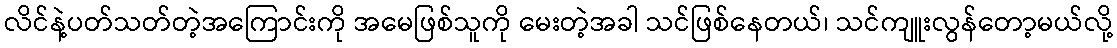
လိင်နဲ့ပတ်သတ်တဲ့အကြောင်းကို အမေဖြစ်သူကို မေးတဲ့အခါ သင်ဖြစ်နေတယ်၊ သင်ကျူးလွန်တော့မယ်လို့